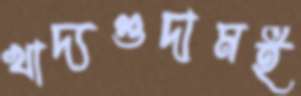
খাদ্যগুদামই